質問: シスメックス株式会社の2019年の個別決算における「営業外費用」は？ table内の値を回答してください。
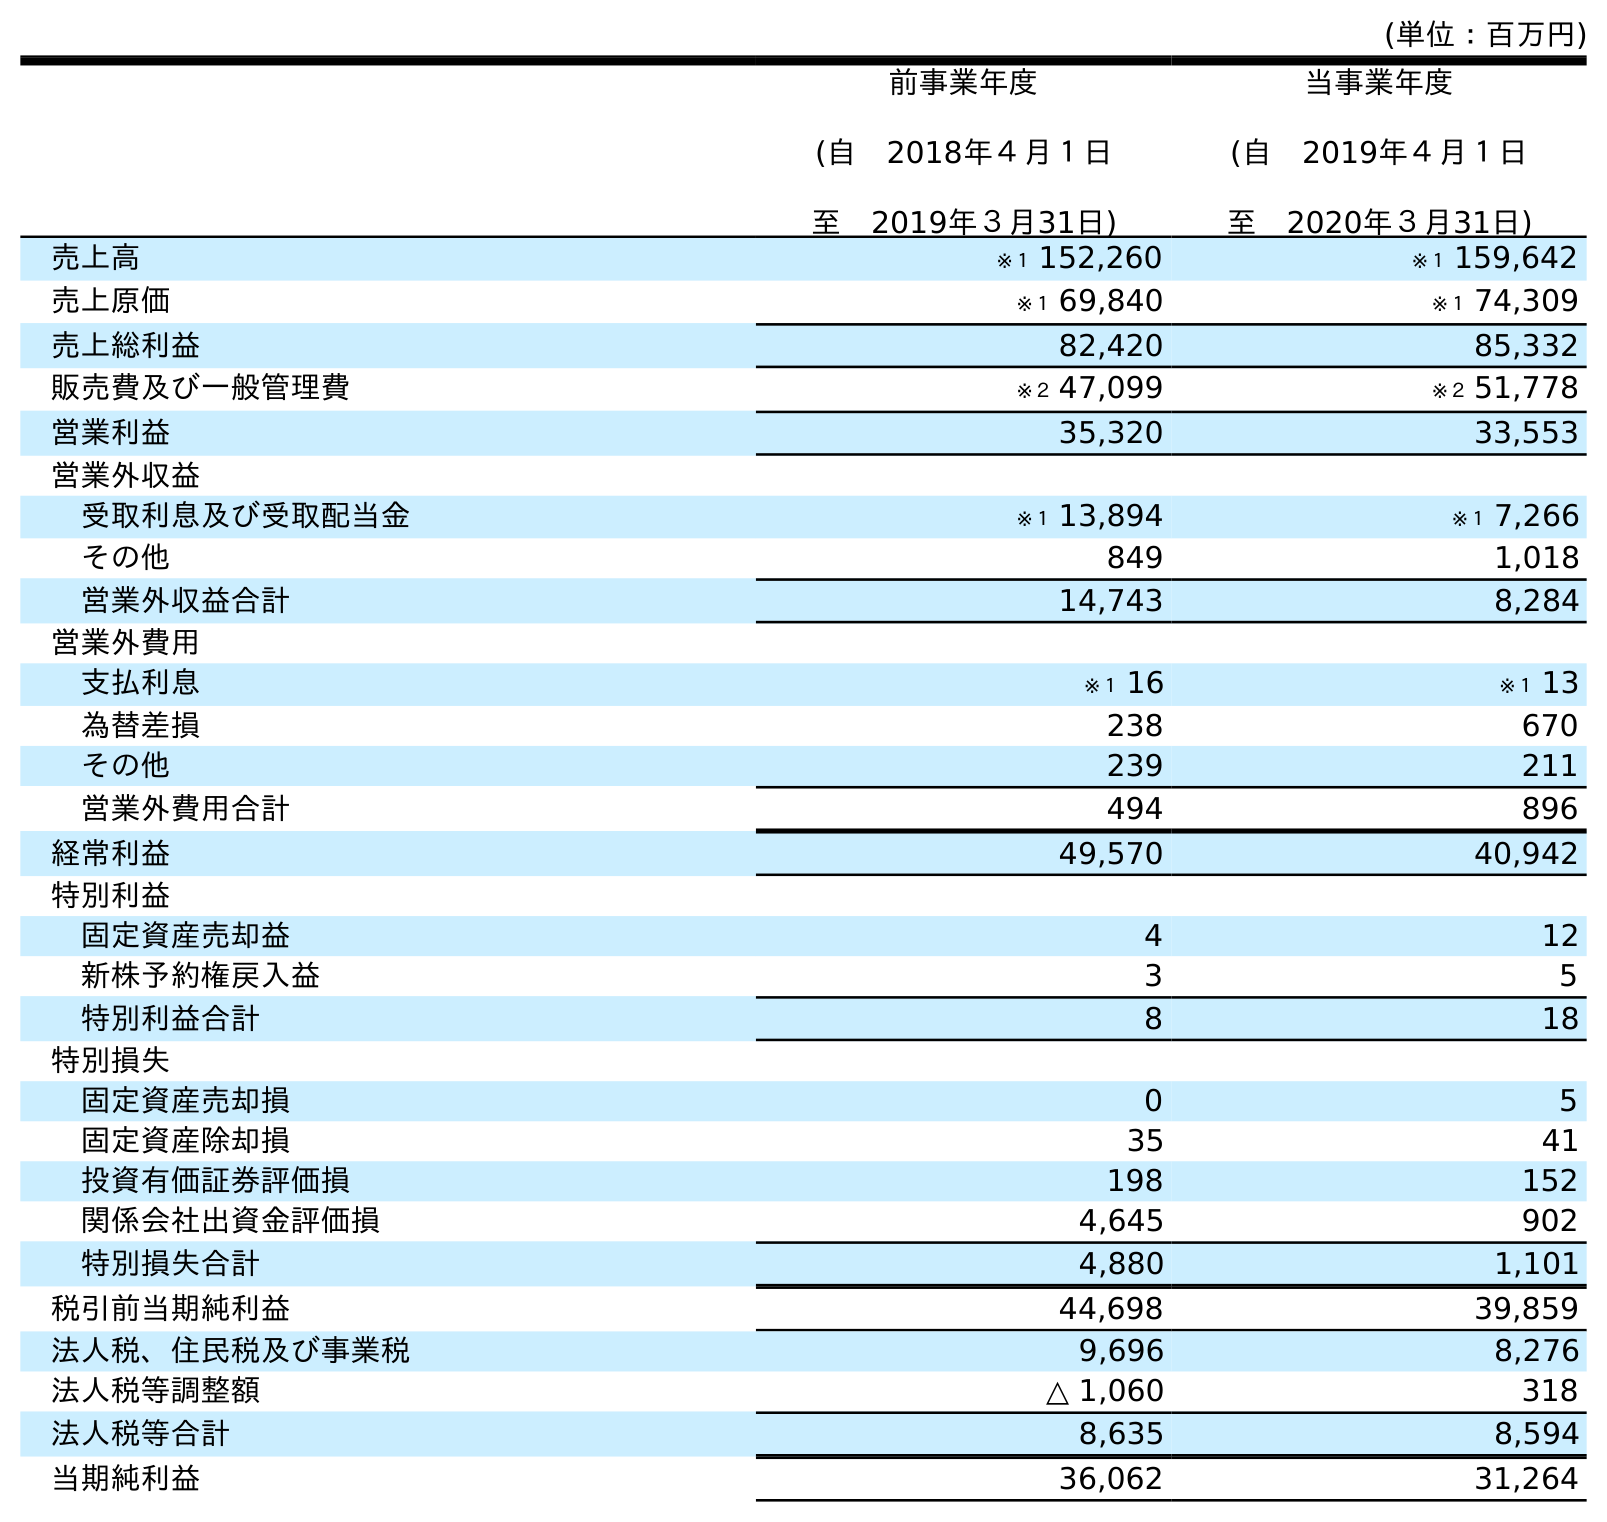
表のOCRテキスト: (単位：百万円) 前事業年度 (自 2018年４月１日 至 2019年３月31日) 当事業年度 (自 2019年４月１日 至 2020年３月31日) 売上高 ※１ 152,260 ※１ 159,642 売上原価 ※１ 69,840 ※１ 74,309 売上総利益 82,420 85,332 販売費及び一般管理費 ※２ 47,099 ※２ 51,778 営業利益 35,320 33,553 営業外収益 受取利息及び受取配当金 ※１ 13,894 ※１ 7,266 その他 849 1,018 営業外収益合計 14,743 8,284 営業外費用 支払利息 ※１ 16 ※１ 13 為替差損 238 670 その他 239 211 営業外費用合計 494 896 経常利益 49,570 40,942 特別利益 固定資産売却益 4 12 新株予約権戻入益 3 5 特別利益合計 8 18 特別損失 固定資産売却損 0 5 固定資産除却損 35 41 投資有価証券評価損 198 152 関係会社出資金評価損 4,645 902 特別損失合計 4,880 1,101 税引前当期純利益 44,698 39,859 法人税、住民税及び事業税 9,696 8,276 法人税等調整額 △ 1,060 318 法人税等合計 8,635 8,594 当期純利益 36,062 31,264
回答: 494